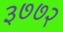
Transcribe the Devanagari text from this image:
३७७२